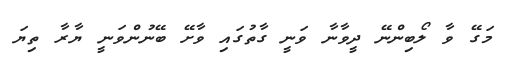
މަގޭ ވާ ލޯބިންނޭ ދީވާނާ ވަނީ ގާތުގައި ވާށޭ ބޭނުންވަނީ ޔާރާ ތިޔަ